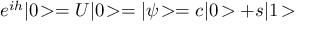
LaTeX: e ^ { i h } | 0 \! > = U | 0 \! > = | \psi \! > = c | 0 \! > + s | 1 \! >